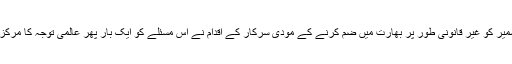
مقبوضہ کشمیر کو غیر قانونی طور پر بھارت میں ضم کرنے کے مودی سرکار کے اقدام نے اس مسئلے کو ایک بار پھر عالمی توجہ کا مرکز بنا دیا ہے۔